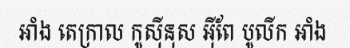
អាំង តេក្រាល កូស៊ីនុស អ៊ីពែ បូលីក អាំង